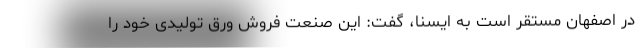
در اصفهان مستقر است به ایسنا، گفت: این صنعت فروش ورق تولیدی خود را